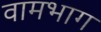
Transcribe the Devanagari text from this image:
वामभाग